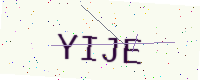
Text: YIJE